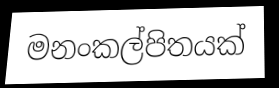
මනංකල්පිතයක්